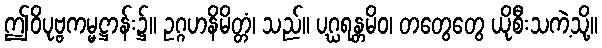
ဤဝိပုဗ္ဗကမ္မဋ္ဌာန်း၌။ ဥဂ္ဂဟနိမိတ္တံ၊ သည်။ ပဂ္ဃရန္တမိဝ၊ တတွေတွေ ယိုစီးသကဲ့သို့။